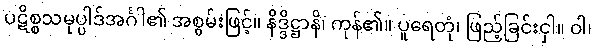
ပဋိစ္စသမုပ္ပါဒ်အင်္ဂါ၏ အစွမ်းဖြင့်။ နိဒ္ဒိဋ္ဌာနိ၊ ကုန်၏။ ပူရေတုံ၊ ဖြည့်ခြင်းငှါ။ ဝါ၊